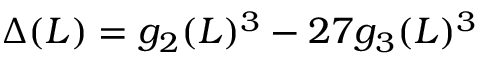
\Delta ( L ) = g _ { 2 } ( L ) ^ { 3 } - 2 7 g _ { 3 } ( L ) ^ { 3 }